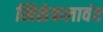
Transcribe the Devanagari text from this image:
खिळेकलावंत